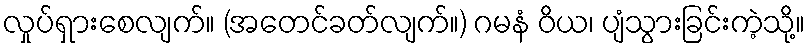
လှုပ်ရှားစေလျက်။ (အတေင်ခတ်လျက်။) ဂမနံ ဝိယ၊ ပျံသွားခြင်းကဲ့သို့။